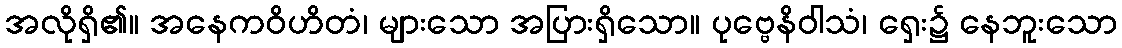
အလိုရှိ၏။ အနေကဝိဟိတံ၊ များသော အပြားရှိသော။ ပုဗ္ဗေနိဝါသံ၊ ရှေး၌ နေဘူးသော